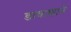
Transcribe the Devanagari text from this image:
डाकख़ाने